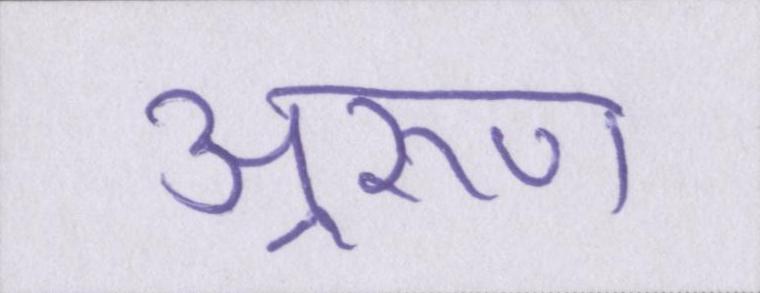
अ्ररूण